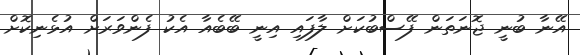
އޭނާ ބުނީ ޖޮނަތަން ފޭސްބުކަށް ލާފައި އިނީ ބޭބެއާ އެކު ފެންވަރަށް އުޅެނިކޮށް